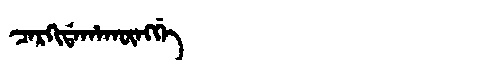
Manchu: ᠴᠠᡵᡴᡳᡩᠠᡥᠠᡴᡡᠩᡤᡝ
Romanization: CARKIDAHAKŪNGGE